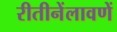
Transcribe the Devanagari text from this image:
रीतीनेंलावणें